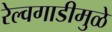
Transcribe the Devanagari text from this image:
रेल्वगाडीमुळे